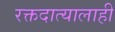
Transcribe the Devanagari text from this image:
रक्तदात्यालाही